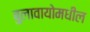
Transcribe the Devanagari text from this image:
बुलावायोमधील